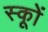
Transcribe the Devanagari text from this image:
स्कूों